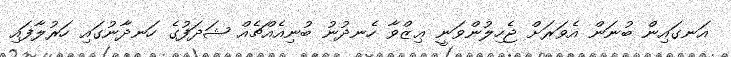
އަނގައިން ބުނަން އެވަރަށް ޖެހިލުންވަނީ ޢިޒްވާ ހެނދުނު ބުނިއެއްޗެއް ޝަދަފުގެ ހަނދާނުގައި ހަރުލާފައި